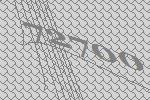
72700